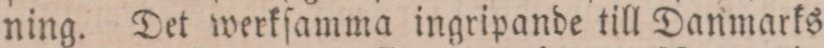
ning. Det werkſamma ingripande till Danmarks